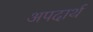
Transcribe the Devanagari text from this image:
अपदार्थ